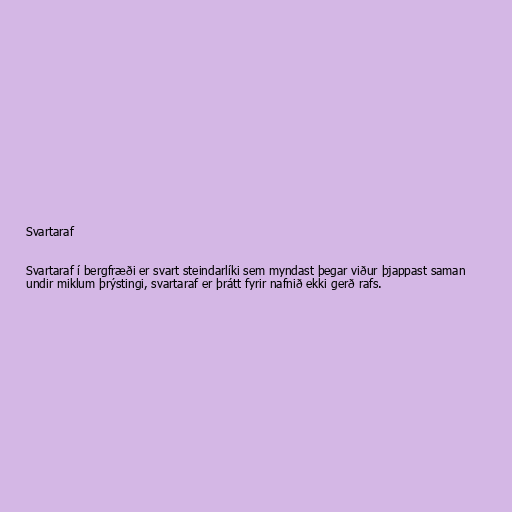
Svartaraf

Svartaraf í bergfræði er svart steindarlíki sem myndast þegar viður þjappast saman
undir miklum þrýstingi, svartaraf er þrátt fyrir nafnið ekki gerð rafs.